Physiological action of certain drugs in tablet form - Number 52A
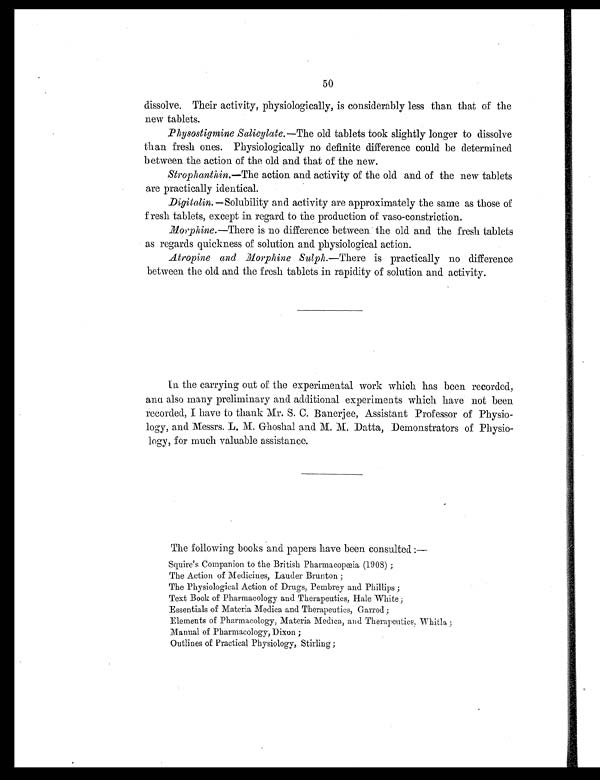
50
dissolve. Their activity, physiologically, is considerably less than that of the
new tablets.
P h y s o s t i g m i n e S a l i c y l a t e .—
T h e o l d t a b l e t s t o o k s l i g h t l y l o n g e r t o d i s s o l v e
than fresh ones. Physiologically no definite difference could be determined
between the action of the old and that of the new.
Strophanthin. —The action and activity of the old and of the new tablets
are practically identical.
Digitalin. —Solubility and activity are approximately the same as those of
fresh tablets, except in regard to the production of vaso-constriction.
Morphine.—There is no difference between the old and the fresh tablets
as regards quickness of solution and physiological action.
Atropine and Morphine Sulph. —There is practically no difference
between the old and the fresh tablets in rapidity of solution and activity.
In the carrying out of the experimental work which has been recorded,
and also many preliminary and additional experiments which have not been
recorded, I have to thank Mr. S. C. Banerjee, Assistant Professor of Physio-
logy, and Messrs. L. M. Ghoshal and M. M. Datta, Demonstrators of Physio-
logy, for much valuable assistance.
The following books and papers have been consulted :—
Squire's Companion to the British Pharmacopœia (1908) ;
The Action of Medicines, Lauder Brunton ;
The Physiological Action of Drugs, Pembrey and Phillips ;
Text Book of Pharmacology and Therapeutics, Hale White;
Essentials of Materia Medica and Therapeutics, Garrod ;
Elements of Pharmacology, Materia Medica, and Therapeutics
, W h i t l a ;
Manual of Pharmacology, Dixon ;
Outlines of Practical Physiology, Stirling;